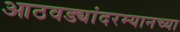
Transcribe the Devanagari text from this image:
आठवड्यांदरम्यानच्या